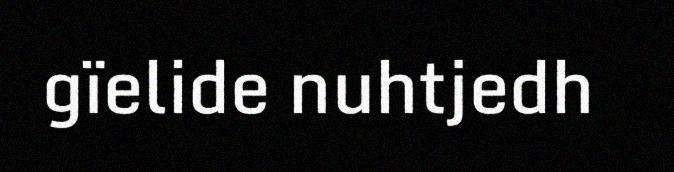
gïelide nuhtjedh